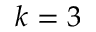
k = 3